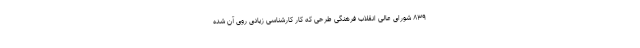
۸۳۹ شورای عالی انقلاب فرهنگی طرحی که کار کارشناسی زیادی روی آن شده